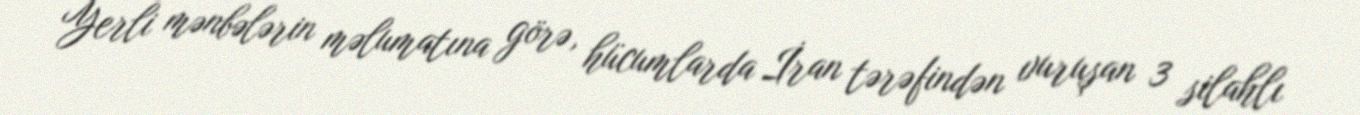
Yerli mənbələrin məlumatına görə, hücumlarda İran tərəfindən vuruşan 3 silahlı